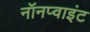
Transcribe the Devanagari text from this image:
नॉनप्वाइंट